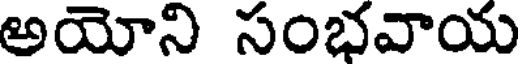
అయోని సంభవాయ